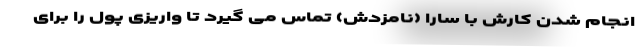
انجام شدن کارش با سارا (نامزدش) تماس می گیرد تا واریزی پول را برای